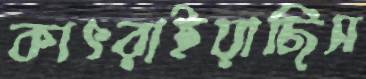
কাৎরাইয়াছিস